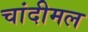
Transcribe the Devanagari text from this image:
चांदीमल